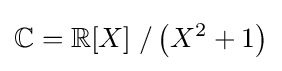
\mathbb {C} =\mathbb {R} [X]\;/\left(X^{2}+1\right)